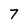
Character: 7